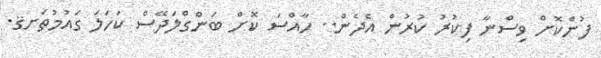
ފުންކޮށް ވިސްނާ ފިކުރު ކުރުން އެދެން.. ހާއްސަ ކޮށް ބަންގްލަދޭސް ކަހަލަ ގައުމުތަށޤ.